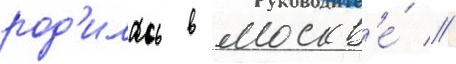
род'илась в москв'е́ //